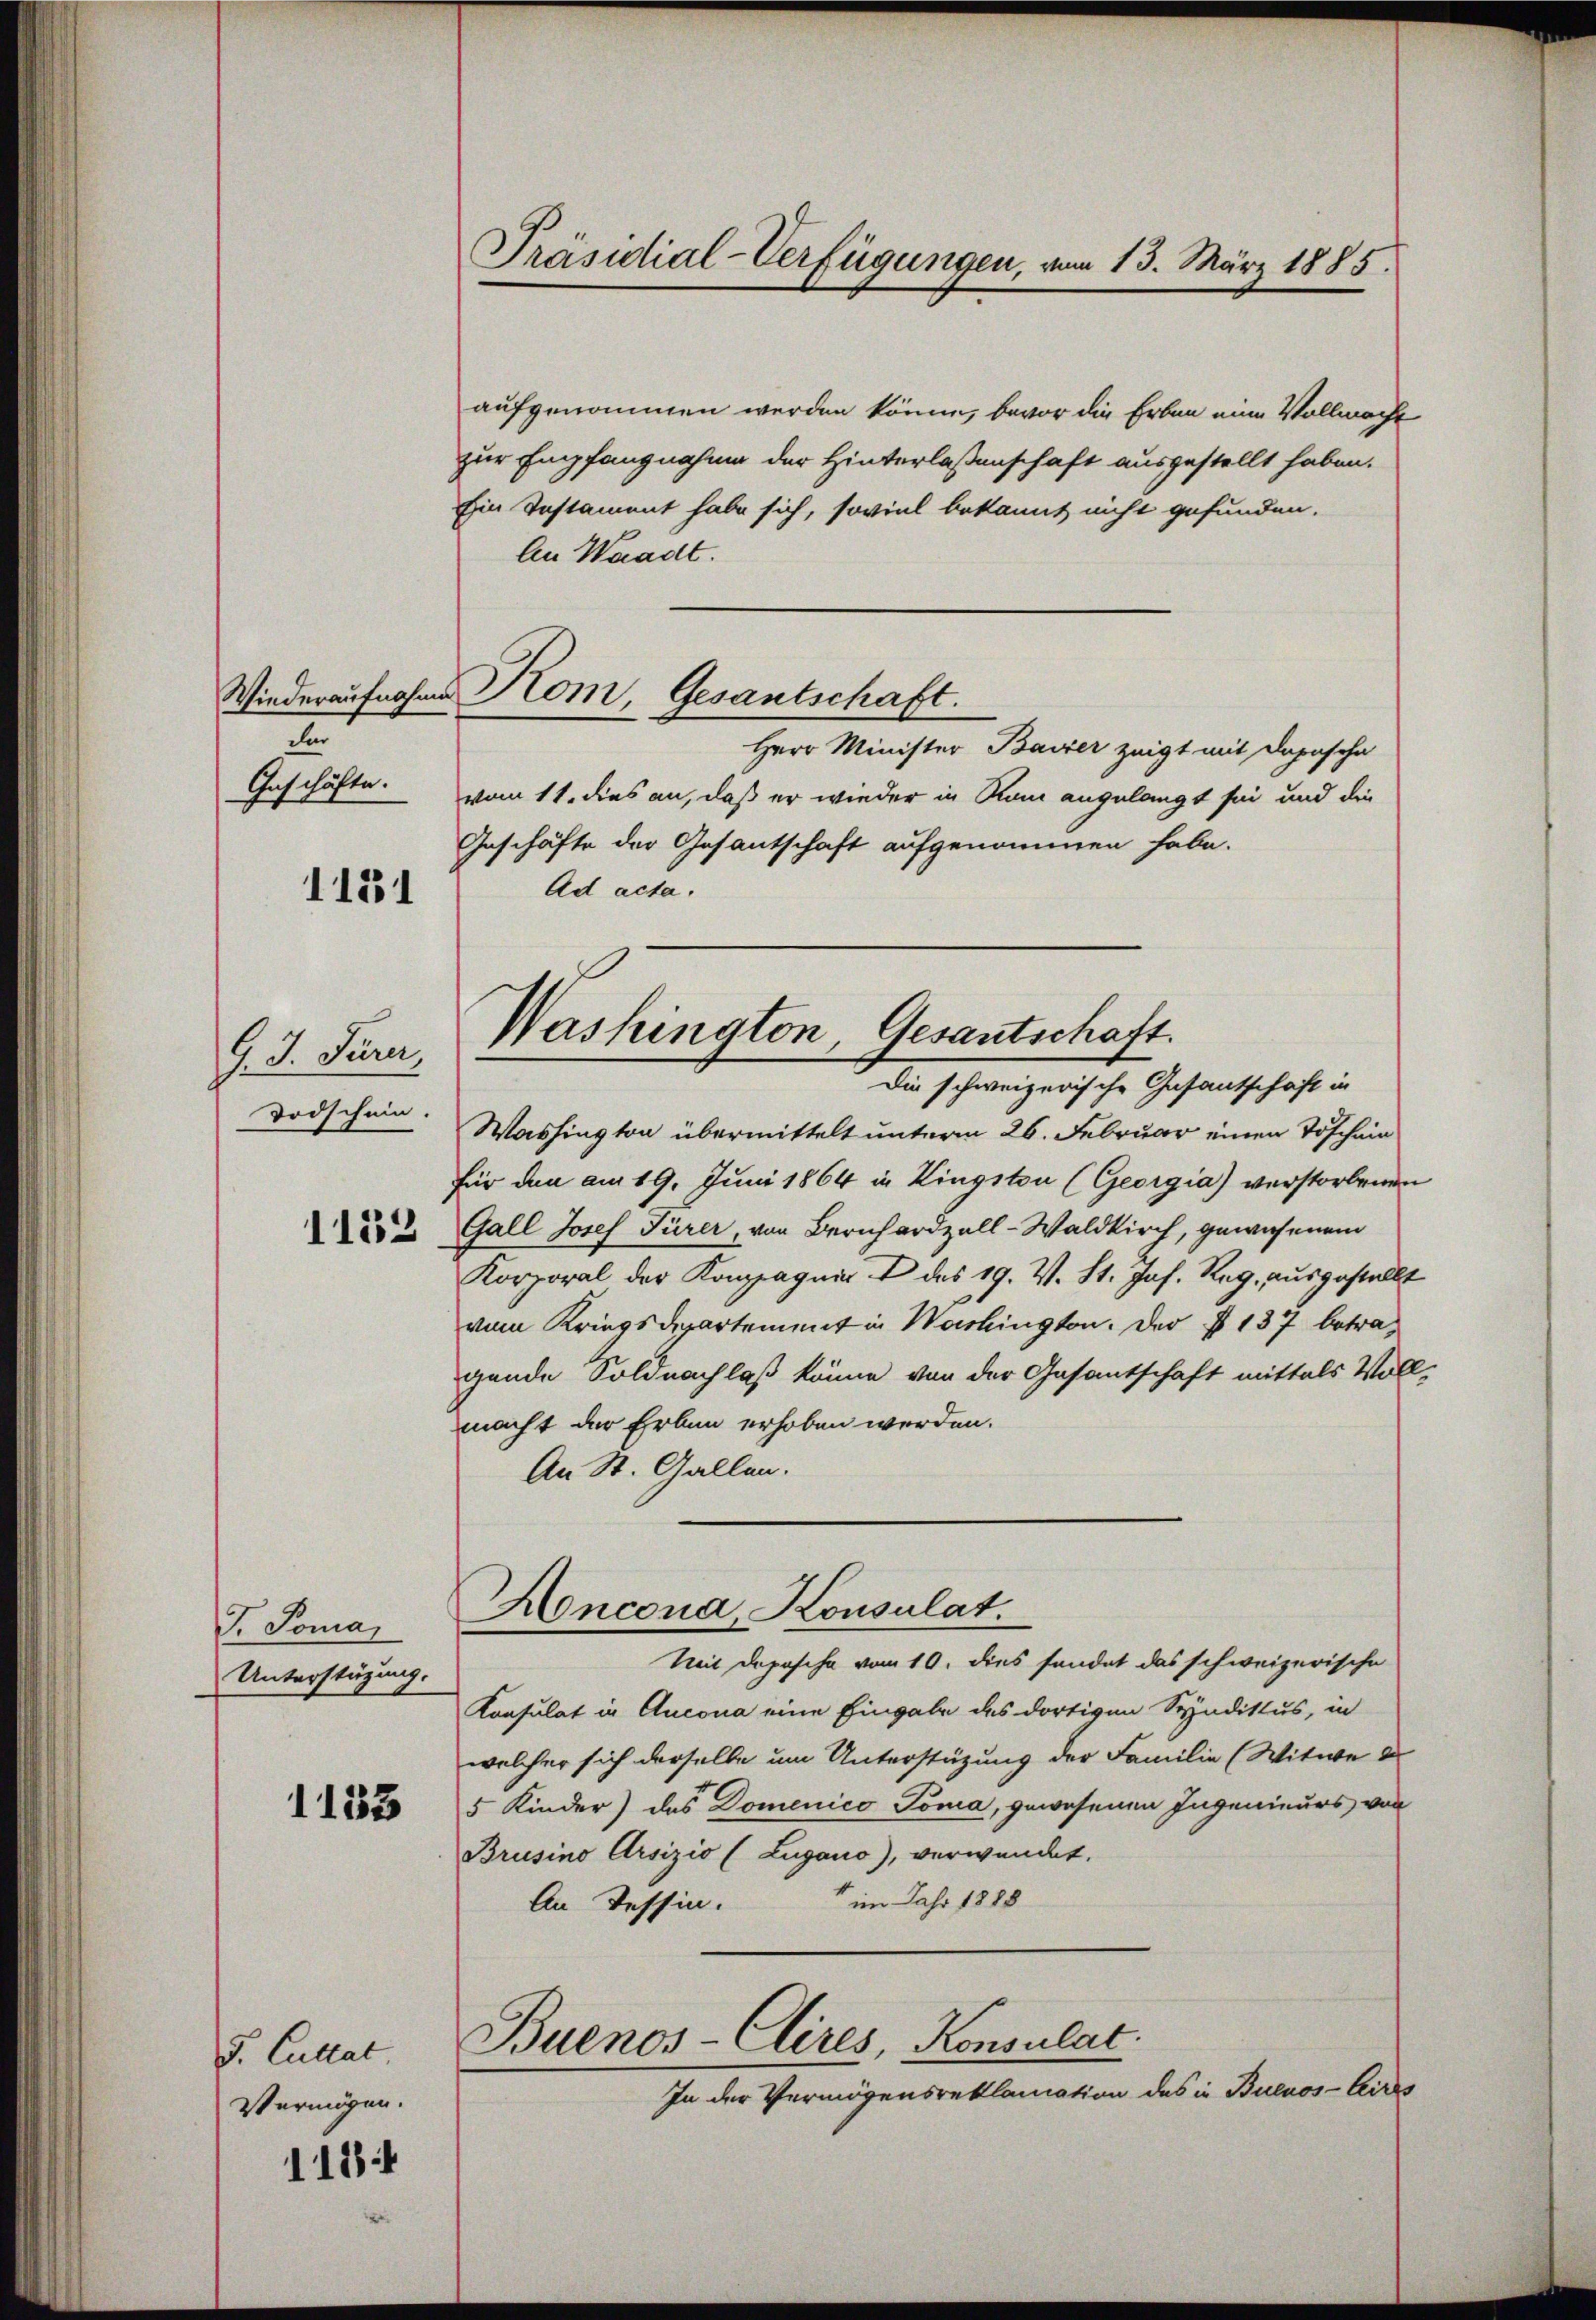
dar
Geschäfte.
1131

4. d. Surer,
Todschein.

1152

T. Toma
Unterstüzung.

1133

S. Cultat.
Vermögen.

118

Präsidial-Verfügungen, vom 13. März 1885.

Wiederaufnahme Kom, Gesantschaft.

Washington, Gesantschaft.
Die schweizerische Gesantschaft in

aufgenommen werden könne, bevor die Erben eine Vollmacht
zur Empfangnahme der Hinterlassenschaft ausgestellt haben.
Ein Instament habe sich, soviel bekannt nicht gefunden.
An Waadt.
Herr Minister Bavier zeigt mit Dapasche
vom 11. dies an, daß er wieder in Rom angelangt sei und die
Geschäfte der Gesantschaft aufgenommen habe.
Ad acta.
Washington übermittelt unterm 26. Februar einen Toschein
für den am 19. Juni 1864 in Kingston (Georgia) verstorbenen
Gall Josef Türer, von Bernhardzall-Waldkirch, gewesenem
Korporal der Kompagnie & des 19. V. St. Joh. Reg, ausgestellt
vom Kriegsdepartement in Washington. Der § 137 betragende Soldnachlaß könne von der Gesantschaft mittals Voll-
macht der Erben erhoben werden.
An St. Gallen.
Honcona Konsulat
Mit Depesche vom 10. dies sendet das schweizerische
Konsulat in Aucona eine Eingabe des dortiven Syndikus, in
welcher sich derselbe um Unterstüzung der Familie (Witwe d
5 Kinder) das Domenico -Pona, gewesenen Ingenieurs von
Brusino Arsizio (Lugano), verwendet.
im Jahr 1888
An Tessin.
Buenos-Clires, Konsulat
In der Vermögensreklamation des in Buenos-Aires